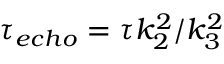
\tau _ { e c h o } = \tau k _ { 2 } ^ { 2 } / k _ { 3 } ^ { 2 }